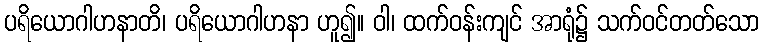
ပရိယောဂါဟနာတိ၊ ပရိယောဂါဟနာ ဟူ၍။ ဝါ၊ ထက်ဝန်းကျင် အာရုံ၌ သက်ဝင်တတ်သော